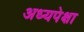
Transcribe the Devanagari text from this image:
अध्यपेक्षा